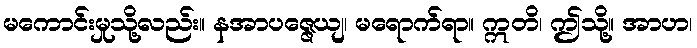
မကောင်းမှုသို့လည်း။ နအာပဇ္ဇေယျ၊ မရောက်ရာ။ ဣတိ၊ ဤသို့။ အာဟ၊